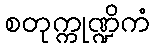
စတုက္ကုဏ္ဍိကံ